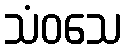
သံဝသေ